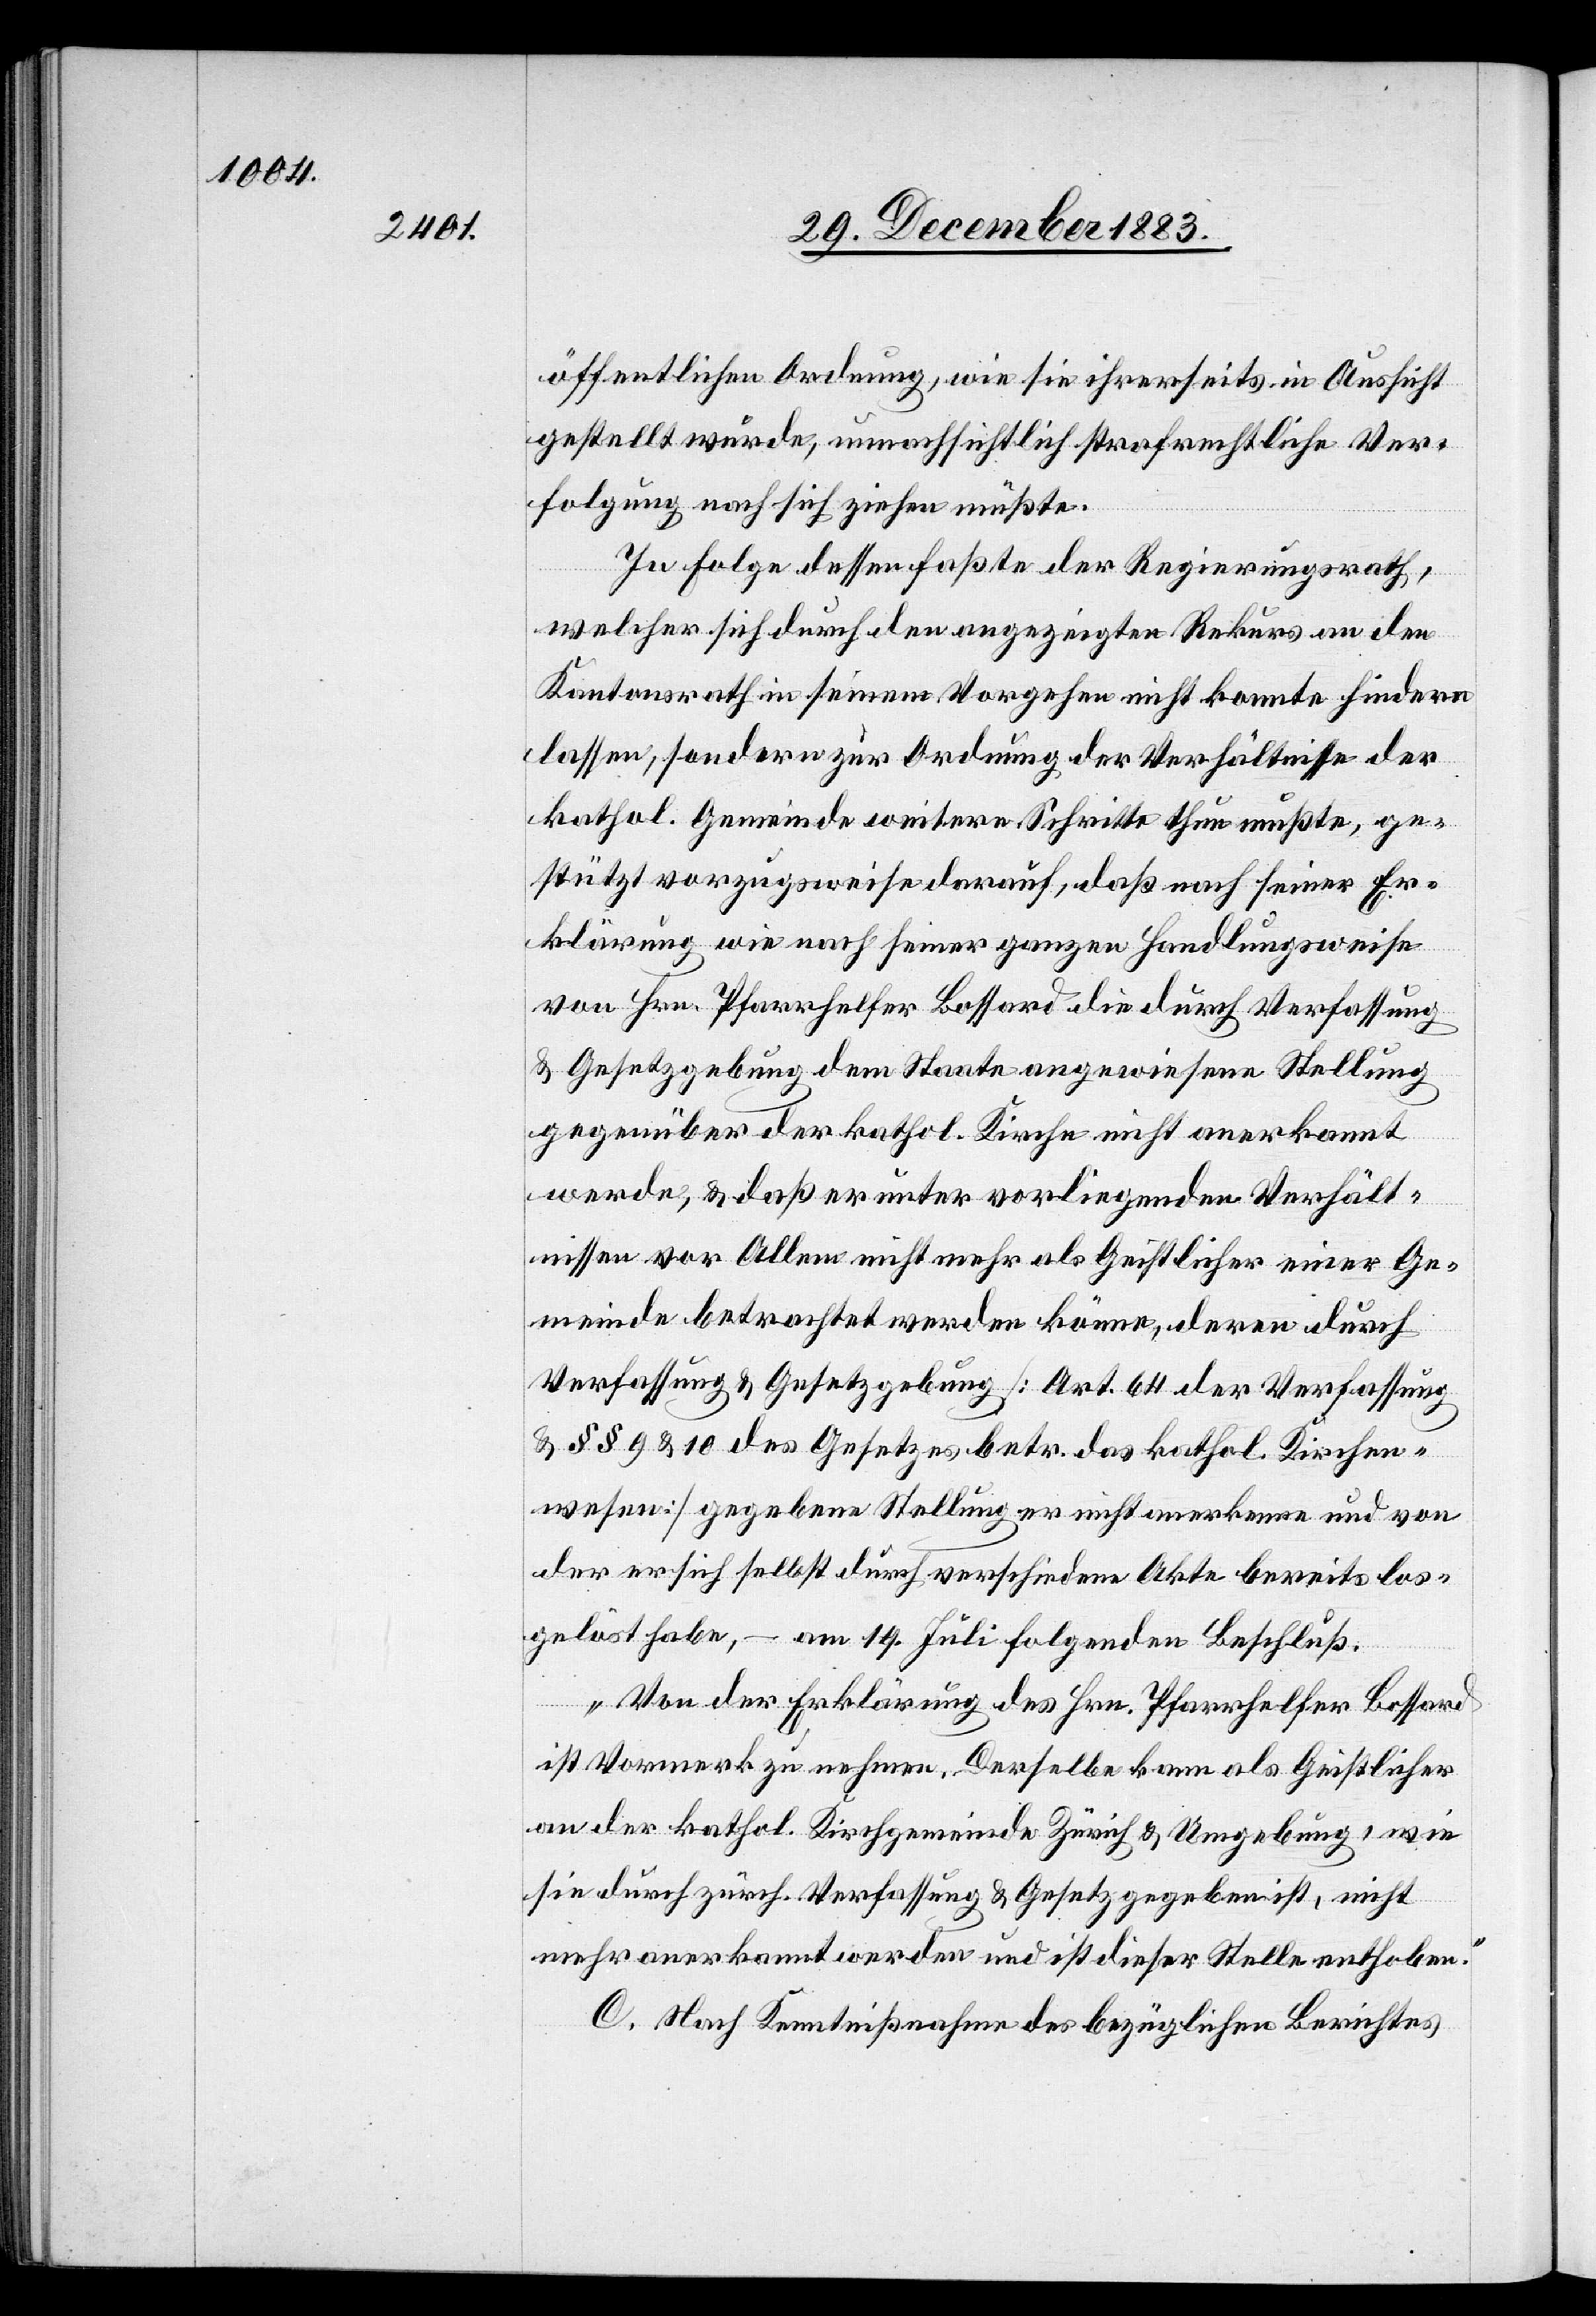
öffentlichen Ordnung, wie sie ihrerseits in Aussicht
gestellt wurde, unnachsichtlich strafrechtliche Ver¬
folgung nach sich ziehen müßte.
In Folge dessen faßte der Regierungsrath,
welcher sich durch den angezeigten Rekurs an den
Kantonsrath in seinem Vorgehen nicht konnte hindern
lassen, sondern zur Ordnung der Verhältnisse der
kathol. Gemeinde weitere Schritte thun mußte, ge¬
stützt vorzugsweise darauf, daß nach seiner Er¬
klärung wie nach seiner ganzen Handlungsweise
von Hrn. Pfarrhelfer Bossard die durch Verfassung
& Gesetzgebung dem Staate angewiesene Stellung
gegenüber der kathol. Kirche nicht anerkannt
werde, & daß er unter vorliegenden Verhält¬
nissen vor Allem nicht mehr als Geistlicher einer Ge¬
meinde betrachtet werden könne, deren durch
Verfassung & Gesetzgebung [Art. 64 der Verfassung
& §§ 9 & 10 des Gesetzes betr. das kathol. Kirchen¬
wesen] gegebene Stellung er nicht anerkenne und von
der er sich selbst durch verschiedene Akte bereits los¬
gelöst habe, – am 19. Juli folgenden Beschluß.
„Von der Erklärung des Hrn. Pfarrhelfer Bossard
ist Vormerk zu nehmen. Derselbe kann als Geistlicher
an der kathol. Kirchgemeinde Zürich & Umgebung, wie
sie durch zürch. Verfassung & Gesetz gegeben ist, nicht
mehr anerkannt werden und ist dieser Stelle enthoben“
C. Nach Kenntnißnahme des bezüglichen Berichtes